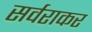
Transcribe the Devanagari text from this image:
सर्वराकर